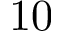
1 0